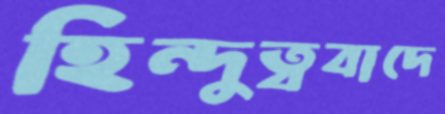
হিন্দুত্ববাদে